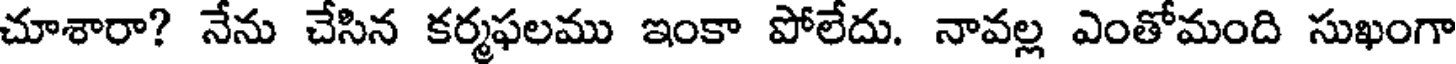
చూశారా? నేను చేసిన కర్మఫలము ఇంకా పోలేదు. నావల్ల ఎంతోమంది సుఖంగా